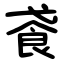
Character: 䬥